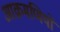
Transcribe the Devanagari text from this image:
आक्रमणियों